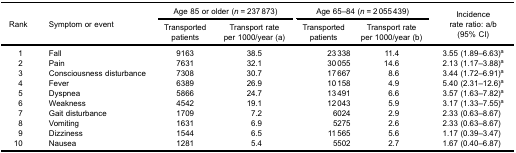
<table><thead><tr><td rowspan="3"><b>Rank</b></td><td rowspan="3"><b>Symptom or event</b></td><td colspan="2"><b>Age 85 or older (<i>n</i> = 237 873)</b></td><td colspan="2"><b>Age 65–84 (<i>n</i> = 2 055 439)</b></td><td rowspan="3"><b>Incidencerate ratio: a/b(95% CI)</b></td></tr><tr><td><b>Transportedpatients</b></td><td><b>Transport rateper 1000/year (a)</b></td><td><b>Transportedpatients</b></td><td><b>Transport rateper 1000/year (b)</b></td></tr></thead><tbody><tr><td>1</td><td>Fall</td><td>9163</td><td>38.5</td><td>23 338</td><td>11.4</td><td>3.55 (1.89–6.63)<sup>a</sup></td></tr><tr><td>2</td><td>Pain</td><td>7631</td><td>32.1</td><td>30 055</td><td>14.6</td><td>2.13 (1.17–3.88)<sup>a</sup></td></tr><tr><td>3</td><td>Consciousness disturbance</td><td>7308</td><td>30.7</td><td>17 667</td><td>8.6</td><td>3.44 (1.72–6.91)<sup>a</sup></td></tr><tr><td>4</td><td>Fever</td><td>6389</td><td>26.9</td><td>10 158</td><td>4.9</td><td>5.40 (2.31–12.6)<sup>a</sup></td></tr><tr><td>5</td><td>Dyspnea</td><td>5866</td><td>24.7</td><td>13 491</td><td>6.6</td><td>3.57 (1.63–7.82)<sup>a</sup></td></tr><tr><td>6</td><td>Weakness</td><td>4542</td><td>19.1</td><td>12 043</td><td>5.9</td><td>3.17 (1.33–7.55)<sup>a</sup></td></tr><tr><td>7</td><td>Gait disturbance</td><td>1709</td><td>7.2</td><td>6024</td><td>2.9</td><td>2.33 (0.63–8.67)</td></tr><tr><td>8</td><td>Vomiting</td><td>1631</td><td>6.9</td><td>5275</td><td>2.6</td><td>2.33 (0.63–8.67)</td></tr><tr><td>9</td><td>Dizziness</td><td>1544</td><td>6.5</td><td>11 565</td><td>5.6</td><td>1.17 (0.39–3.47)</td></tr><tr><td>10</td><td>Nausea</td><td>1281</td><td>5.4</td><td>5502</td><td>2.7</td><td>1.67 (0.40–6.87)</td></tr></tbody></table>